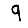
Digit: 9